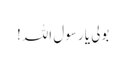
بولی یا رسول اللہ!